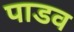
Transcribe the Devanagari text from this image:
पाडव